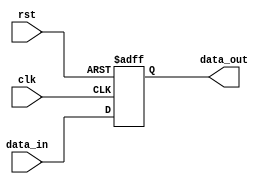
module latch_delay(
  input wire clk, // clock signal
  input wire rst, // reset signal
  input wire data_in, // input data signal
  output reg data_out // output data signal
);

always @(posedge clk or posedge rst) begin
  if (rst) begin
    data_out <= 1'b0; // reset output to 0
  end else begin
    data_out <= data_in; // latch input data on clock edge
  end
end

endmodule